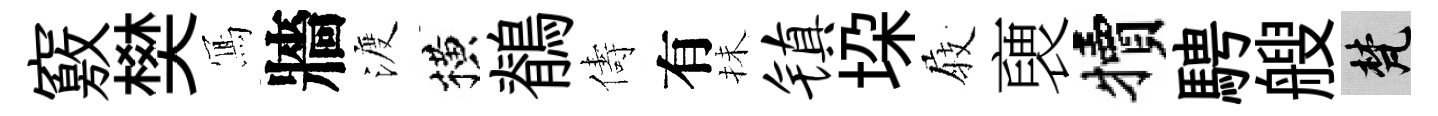
竅樊𭂁牆渡横鶺儔有抺镇垜𡲆褏犢騁艘梵